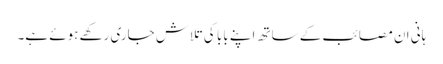
ہانی ان مصائب کے ساتھ اپنے بابا کی تلاش جاری رکھے ہوئے ہے۔